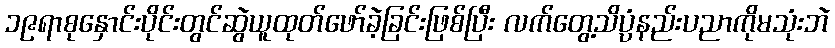
၁၉ရာစုနှောင်းပိုင်းတွင်ဆွဲယူထုတ်ဖော်ခဲ့ခြင်းဖြစ်ပြီး လက်တွေ့သိပ္ပံနည်းပညာကိုမသုံးဘဲ